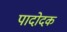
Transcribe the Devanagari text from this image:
पादोदक